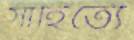
সাহিত্যে